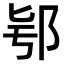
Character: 𨚛